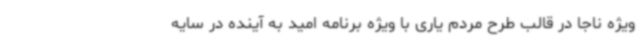
ویژه ناجا در قالب طرح مردم یاری با ویژه برنامه امید به آینده در سایه